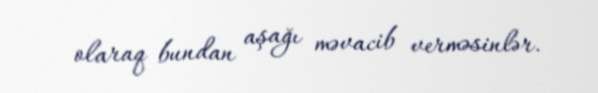
olaraq bundan aşağı məvacib verməsinlər.